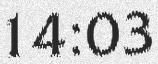
14:03